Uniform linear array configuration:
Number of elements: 16
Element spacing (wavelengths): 0.5
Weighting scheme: blackman
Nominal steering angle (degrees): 15
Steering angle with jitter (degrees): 15.693
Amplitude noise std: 0.05
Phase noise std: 0.05

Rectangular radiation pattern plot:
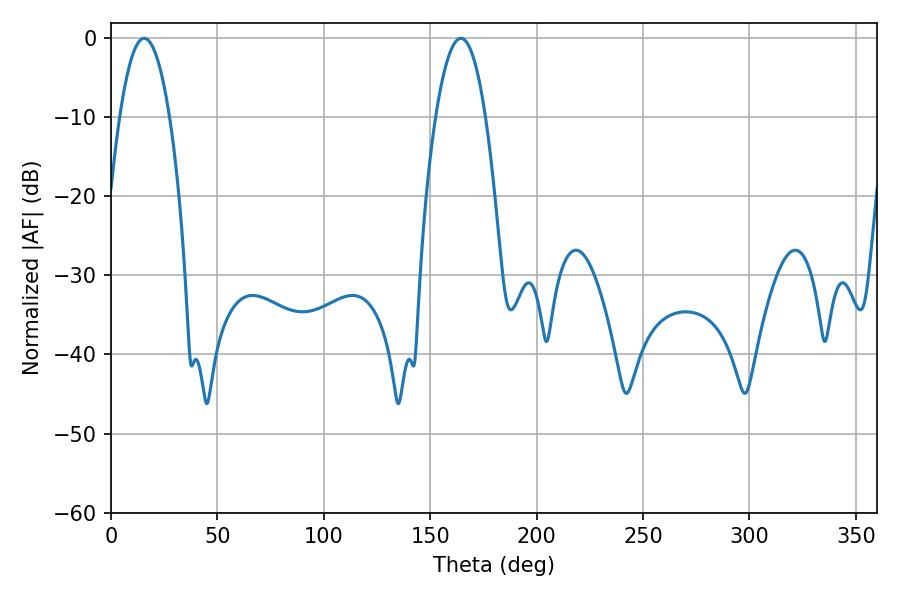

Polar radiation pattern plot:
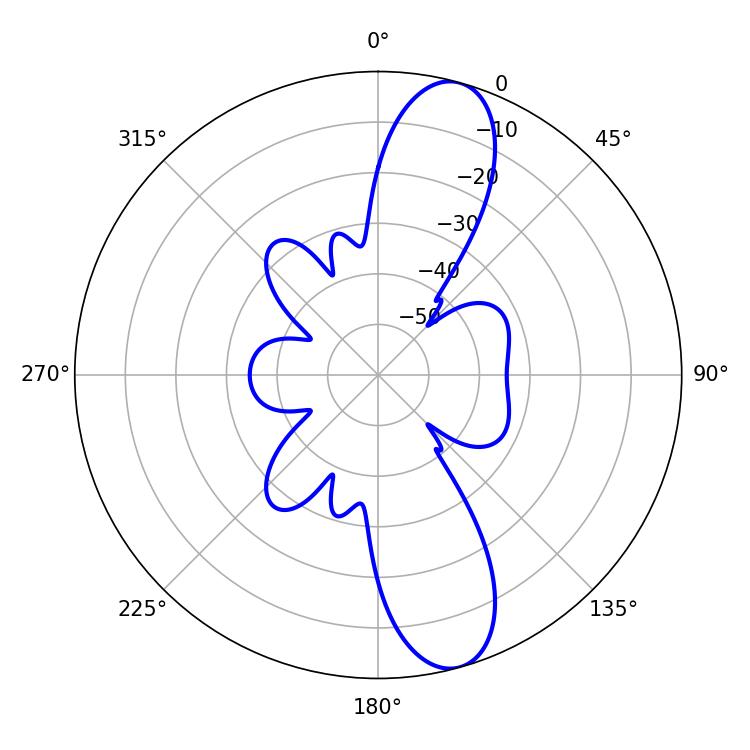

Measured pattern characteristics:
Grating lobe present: FALSE
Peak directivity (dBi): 11.887
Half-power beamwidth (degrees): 12.96
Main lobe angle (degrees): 15.66